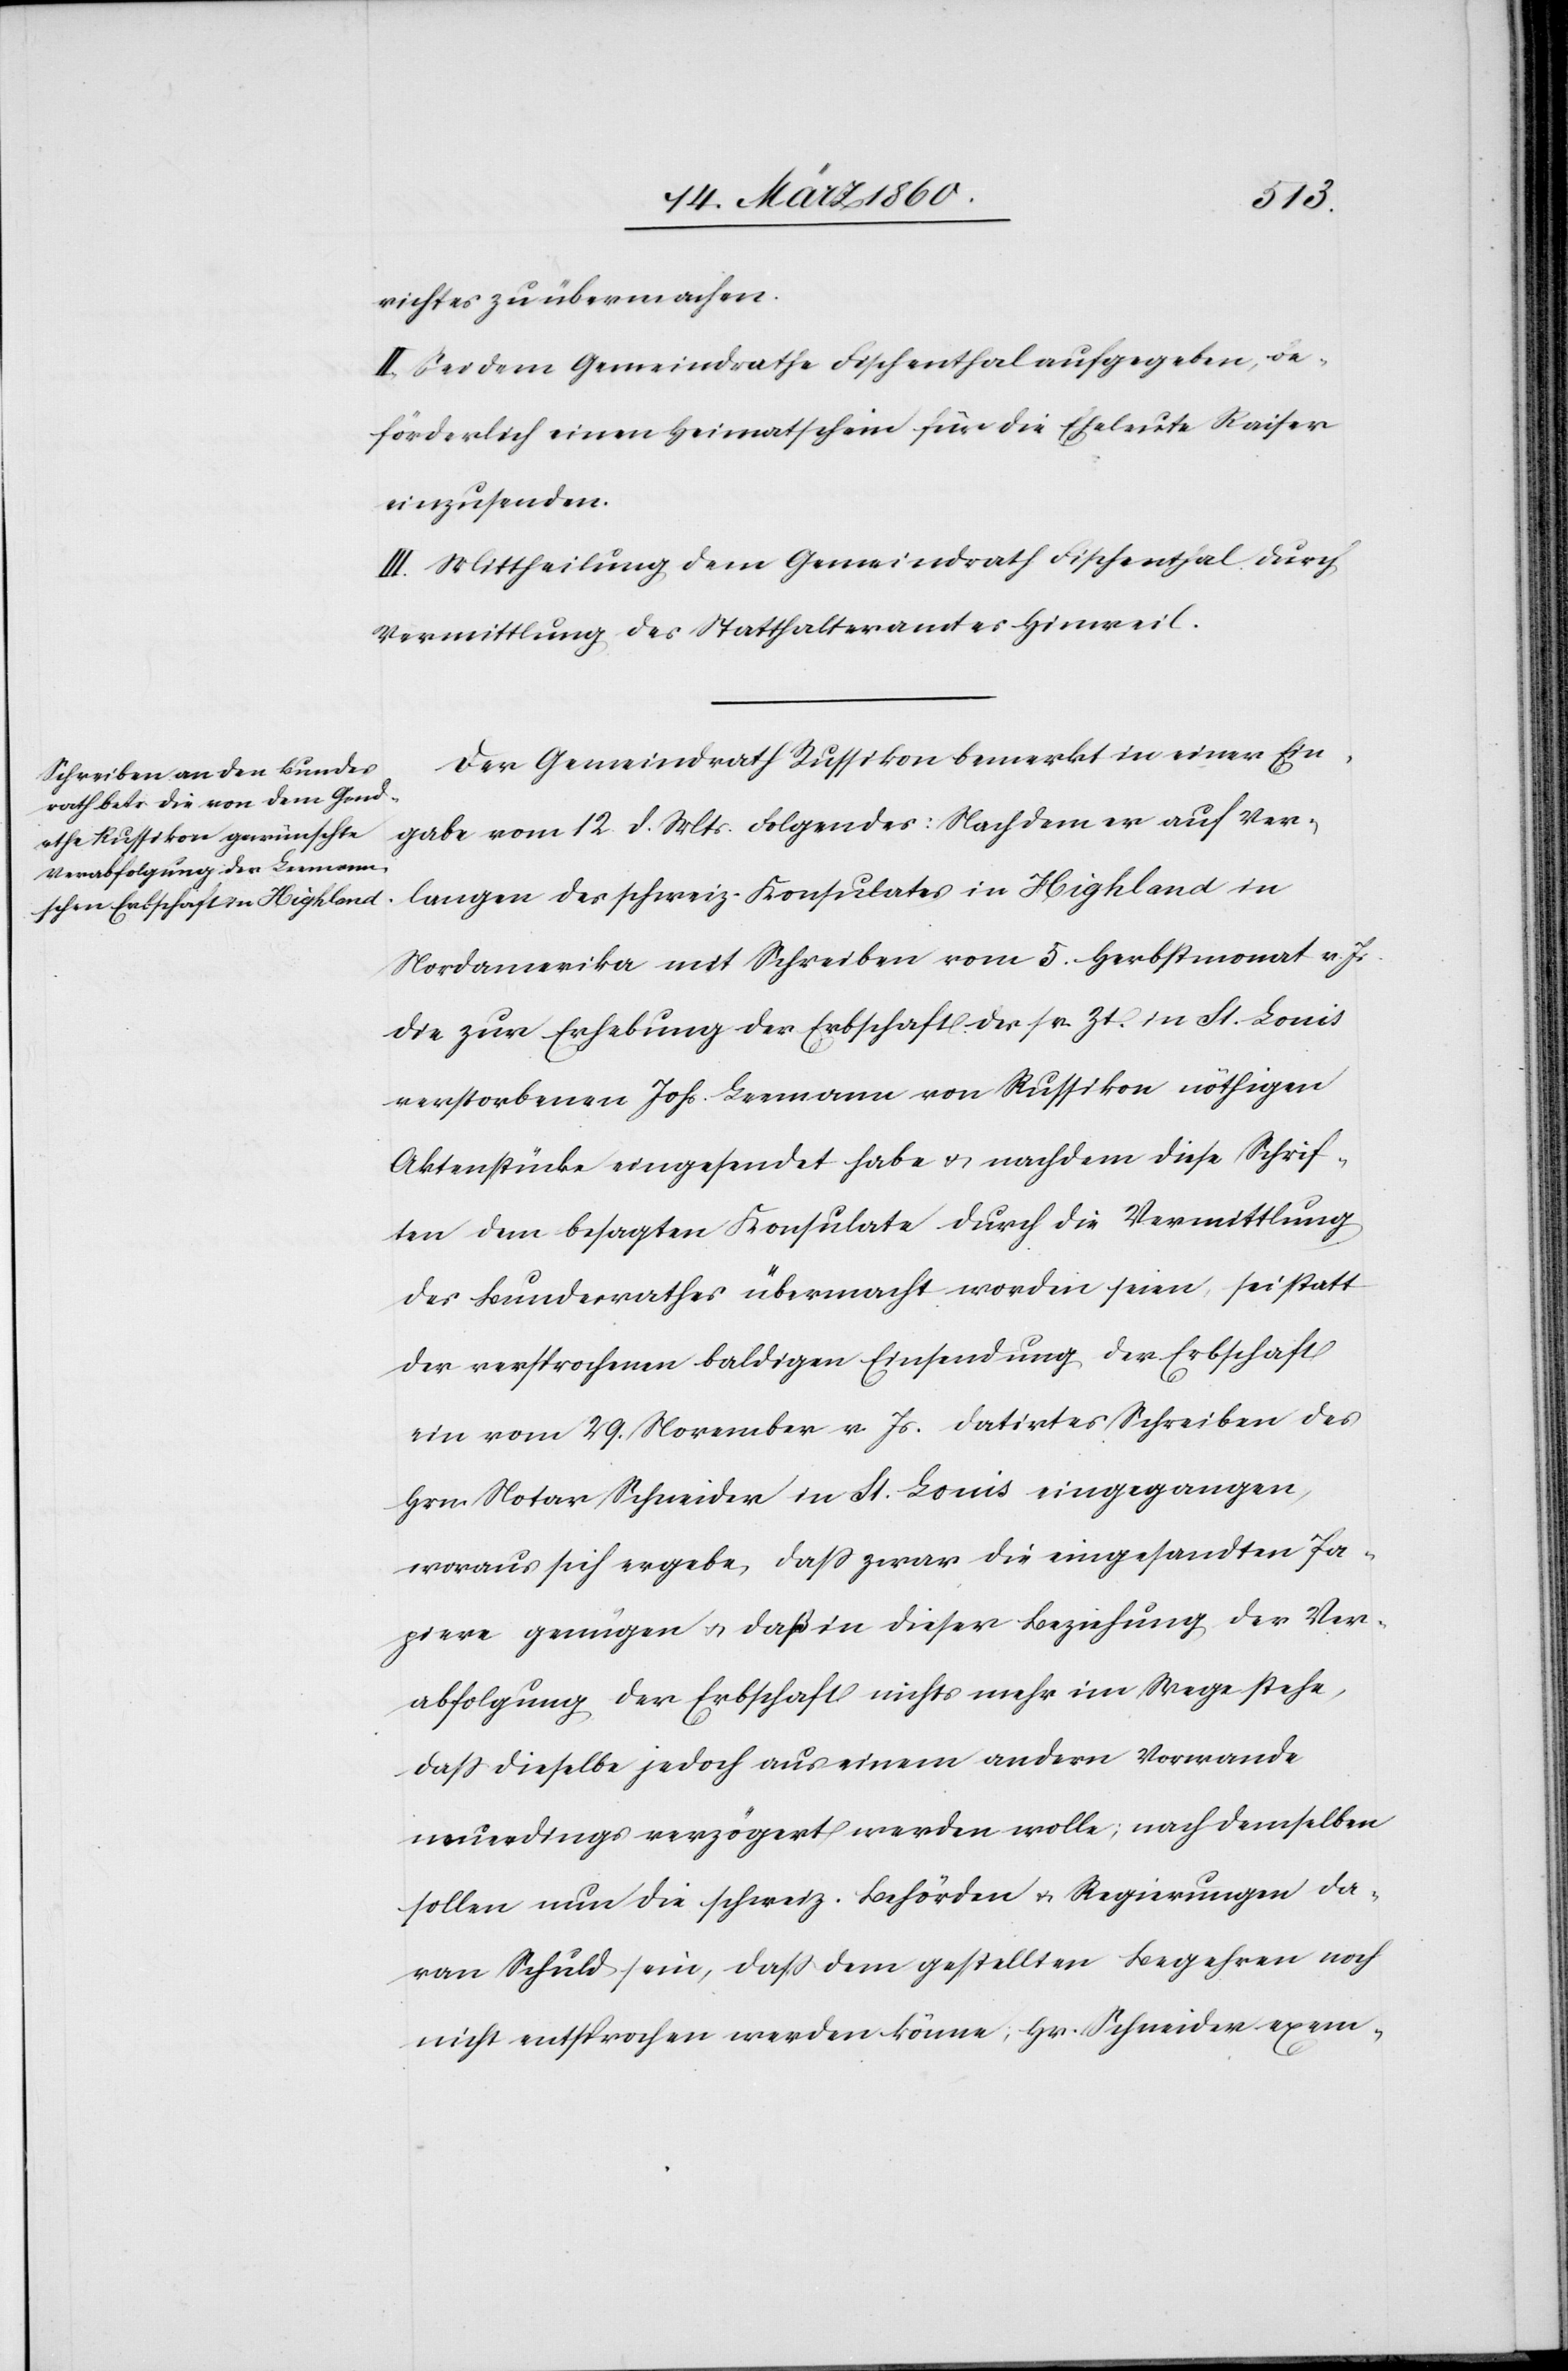
gerichtes zu übermachen.
II. Sei dem Gemeindrathe Fischenthal aufgegeben, be¬
förderlich einen Heimatschein für die Eheleute Raiser
einzusenden.
III. Mittheilung dem Gemeindrath Fischenthal durch
Vermittlung des Statthalteramtes Hinweil.
Der Gemeindrath Russikon bemerkt in einer Ein¬
gabe vom 12. d. Mts. Folgendes: Nachdem er auf Ver¬
langen des schweiz. Konsulates in Highland in
Nordamerika mit Schreiben vom 5. Herbstmonat v. Js.
die zur Erhebung der Erbschaft der sr. Zt. in St. Louis
verstorbenen Johs. Leemann von Russikon nöthigen
Aktenstücke eingesendet habe u. nachdem diese Schrif¬
ten dem besagten Konsulate durch die Vermittlung
des Bundesrathes übermacht worden seien, sei statt
der versprochenen baldigen Einsendung der Erbschaft
ein vom 29. November v. Js. datirtes Schreiben des
Hrn. Notar Schneider in St. Louis eingegangen,
woraus sich ergebe, dass zwar die eingesandten Pa¬
piere genügen u. daß in dieser Beziehung der Ver¬
abfolgung der Erbschaft nichts mehr im Wege stehe,
dass dieselbe jedoch aus einem andern Vorwande
neuerdings verzögert werden wollte; nach demselben
sollen nun die schweiz. Behörden u. Regierungen da¬
ran Schuld sein, dass dem gestellten Begehren noch
nicht entsprochen werden könne; Hr. Schneider exem-